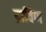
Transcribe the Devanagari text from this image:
द्राविण